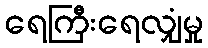
ရေကြီးရေလျှံမှု